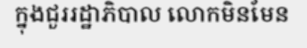
ក្នុងជួររដ្ឋាភិបាល លោកមិនមែន